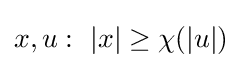
x,u:\ |x|\geq \chi (|u|)